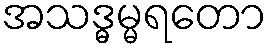
အသဒ္ဓမ္မရတော